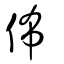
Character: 佈